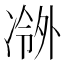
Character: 𫥖